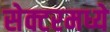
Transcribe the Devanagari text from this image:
सेक्टरमध्ये